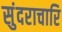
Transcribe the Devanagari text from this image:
सुंदराचारि